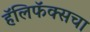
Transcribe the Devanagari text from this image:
हॅलिफॅक्सचा